Calcutta medical institutions reports 1892-1900
Year: 1892
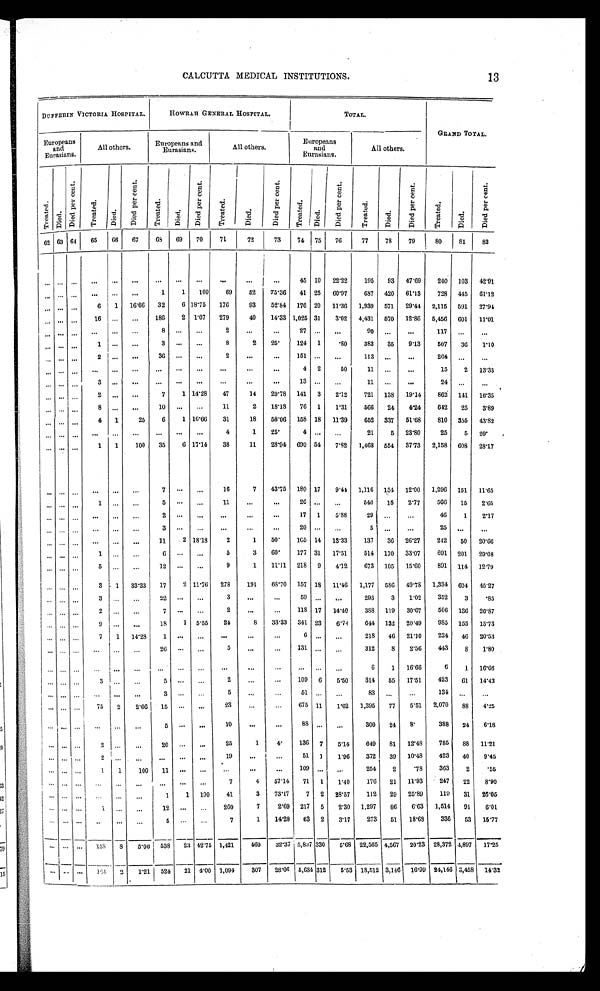
CALCUTTA MEDICAL INSTITUTIONS.
13
DUFFERIN VICTORIA HOSPITAL.
HOWRAH GENERAL HOSPITAL.
TOTAL.
GRAND TOTAL.
E u r o p e a n s and
Eurasians.
All others.
Europeans and
Eurasians.
All others.
Europeans
and
Eurasians.
All others.
T r e a t e d . Di ed.
D i e d p e r c e n t .
T r e a t e d .
D i e d .
D i e d p e r c e n t .
T r e a t e d .
D i e d .
D i e d p e r c e n t .
T r e a t e d .
D i e d .
D i e d p e r c e n t .
T r e a t e d .
D i e d .
D i e d p e r c e n t .
T r e a t e d .
D i e d .
D i e d p e r c e n t .
T r e a t e d .
D i e d .
D i e d p e r c e n t .
62 63 6 4
65 66
6 7
6 8 69 70
7 1
72
73
74 75 76
77
78
79
80
81
82
... ... ... . . . ...
. . .
... ... ...
. . .
. . . ...
45 10 22.22 195 93 67.69
240 103
4 2 . 9 1
... ... ... ...
... ...
1
1 100
69
52 75.36 41 25 60.97
687 420 61.13
728 445 61.12
... ... ...
6 1 16.66 32
6 18.75 176
93
52.84 176 20 11.36 1,939 571 29.44 2,115 591 27.98
... ... ... 16 ...
. . .
186
2 1.07 279
40
14.33 1,025 31
3.02 4,431 570 12.86 5,456 601 11.01
... ... ... . . . ...
. . .
8 ... ...
2
...
...
27 ...
. . . .
90 ...
. . .
117 ...
...
... ... ...
1 ... ...
3 ...
. . .
8
2 25
124 1
80
383 35 9.13
507 36 1.10
...
... ...
2 ... ...
36 ... ...
2
...
...
151 ... ...
113 ... ...
264 ...
...
... ... ... . . . ...
. . . ... ... ...
. . .
...
...
4 2
50
11 ...
...
15
2 13.33
... ... ...
3 ... ...
... ... ... ...
...
...
13 ...
. . .
11 ...
. . .
24 ...
. . .
... ... ...
2 ... ...
7
1 14.28
47
14 29.78 141 3 2.12
721 138 19.14
862 141 16.35
...
... ...
8 ... ...
1 0
... ...
1 1
2 18.18 76 1 1.31
566 24 4.24 642 25 3.89
...
... ...
4 1
25
6
1 16.66 31
18 58.06 158 18 11.39
652 337 51.68
810 355 43.82
... ... ...
. . . ... ...
...
...
. . .
4
1 25
4 ...
...
21
5 23.80
25
5 20
. . .
. . . ...
1 1
100 35
6 17.14
38
11 28.94 690 54 7.82 1,468 554 37.73 2,158 608 28.17
... ... ...
. . . ...
. . .
7
... ...
16
7 43.75 180 17 9.44 1,116 134 12.00 1,296 151 11.65
... ... ...
1 ... ...
5 ... ...
11
...
. . .
26 ... ...
540 15 2.77 566 15 2.65
... ... ... ...
... ...
2 ... ...
. . .
...
. . .
17 1 5.88
29 . . . ...
46
1
2.17
... ... ...
. . . ...
. . .
3 ... ...
. . . ...
...
20 ... ...
5 ... ...
25 . . .
. . .
... ... ...
. . . ... . . .
11
2 18.18
2
1 50
165 14 13.33 137 36 26.27 242
5 0 20.66
... ... ...
1 ... ...
6 . . .
. . .
5
3 60
177 31 17.51
514 170 33.07 691 201 29.08
... ... ...
5 ...
. . .
12 . . .
...
9
1 11.11 218 9 4.12 673 105 15.60
891 114 12.79
...
... ...
3 1 33.33 17
2 11.76 278
191
68.70 157 18 11.46 1,177 586 49.78 1,334 604 45.27
... ... ...
3 ... ...
22 ... ...
3
. . . ...
59 ... . . .
293
3 1.02
352
3
85
... ... ...
2 ... ...
7 ... ...
2
. . .
...
118 17 14.40 388 119 30.67
506 136 26.87
... ... ...
9 ... ...
18
1 5.55
24
8 33.33 341 23 6.74
644 132 20.49 985 155 15.73
... ... ...
7 1 14.28
1 ... ...
...
. . .
. . .
6 ... ...
218 46 21.10 224 46 20.53
... ... ...
. . . ... ...
26 ...
...
5
. . .
...
131 ... ...
312
8 2.56 443
8 1.80
... ... ... ...
... ...
... ...
... ...
. . .
... ... ... ...
6
1 16.66
6
1 16.66
... ... ... 3
... ...
5 ...
...
2
...
. . .
109 6 5.50 314 55 17.51
423 61 14.42
... ... . . .
. . . ...
. . .
3 ...
...
5
. . . ...
51 ... ...
83 ...
...
134 ...
...
... ... ... 75 2 2.66 15 ...
. . .
23
...
...
675 11 1.62 1,395 77 5.51 2,070 88 4.25
... ... ...
. . . ...
. . .
5 ...
...
10
. . .
. . . 88 ... ...
300 24 8
388 24 6.18
. . . . . . . . .
2
. . .
. . .
2 0
. . . ...
25
1
4
136 7 5.14 649 81 12.48 785 88 11.21
. . . . . . . . .
2 ... ...
. . .
. . .
. . .
19
...
. . . 51 1 1.96 372 39 10.48 423 40 9.45
. . . ...
. . .
1 1
100 11
. . .
. . .
.
. . .
. . .
...
109
. . . . . .
254
2
78
363
2
55
. . . . . . . . . . . .
. . .
. . .
. . .
. . . .
. . .
7
4 57.14 71 1 1.40
176 21 11.93
247 22 8.90
. . . . . . . . .
. . . . . .
. . .
1
1 100
41
3 73.17
7 2 28.57
112 29 25.89 110 31 26.05
. . . . . . . . .
1 . . .
. . .
12 ... ... 260
7
2.69 217 5 2.30 1,297 86 6.63 1,514 91
6.01
. . . . . . . . .
. . . . . .
. . . 5
. . .
...
7
1 14.28 63 2 3.17 273 51 18.63
336 53 15.77
. . . . . . . . . 158
8 5.06 538 23 42.75 1,421
460 32.37 5,807 330 5.68 22,565 4,567 20.23 28,372 4,897 17.25
. . . . . . . . .
1 5 4
2 1.21 524 21 4.00 1,094
307 28.06 5,634 312 5.53 18,512 3,146 16.99 24,146 3,458 14.32